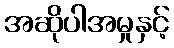
အဆိုပါအမှုနှင့်